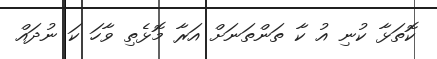
ކޮތަޅާ ކުނި އު ކާ ތަންތަނަށް އަރާ މޮޅެތި ވާހަ ކަ ނުދައް